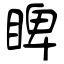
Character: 睥